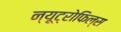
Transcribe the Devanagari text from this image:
न्यूट्रोफिल्स